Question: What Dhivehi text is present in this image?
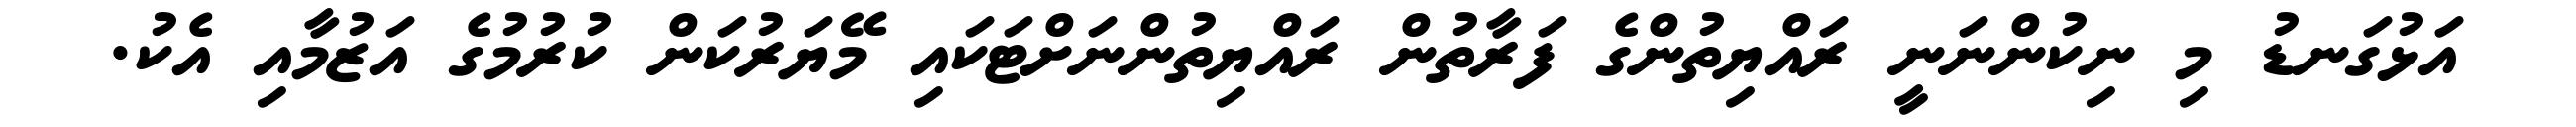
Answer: އަޅުގަނޑު މި ނިކުންނަނީ ރައްޔިތުންގެ ފަރާތުން ރައްޔިތުންނަށްޓަކައި މޭޔަރުކަން ކުރުމުގެ އަޒުމާއި އެކު.